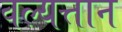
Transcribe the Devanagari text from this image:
वल्यत्तान